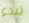
تبدء